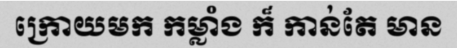
ក្រោយមក កម្លាំង ក៏ កាន់តែ មាន